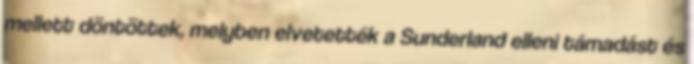
mellett döntöttek, melyben elvetették a Sunderland elleni támadást és